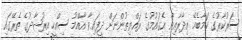
ސަރުކާރުގެ ކަމާބެހޭ އިދާރާއިން އެގައުމުގެ ރައްޔިތުންނަށް ދީފައިވާ އާއްމު ސިއްހީ އިރުޝާދުގެ ތެރޭގައި